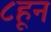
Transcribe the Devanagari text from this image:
८हून